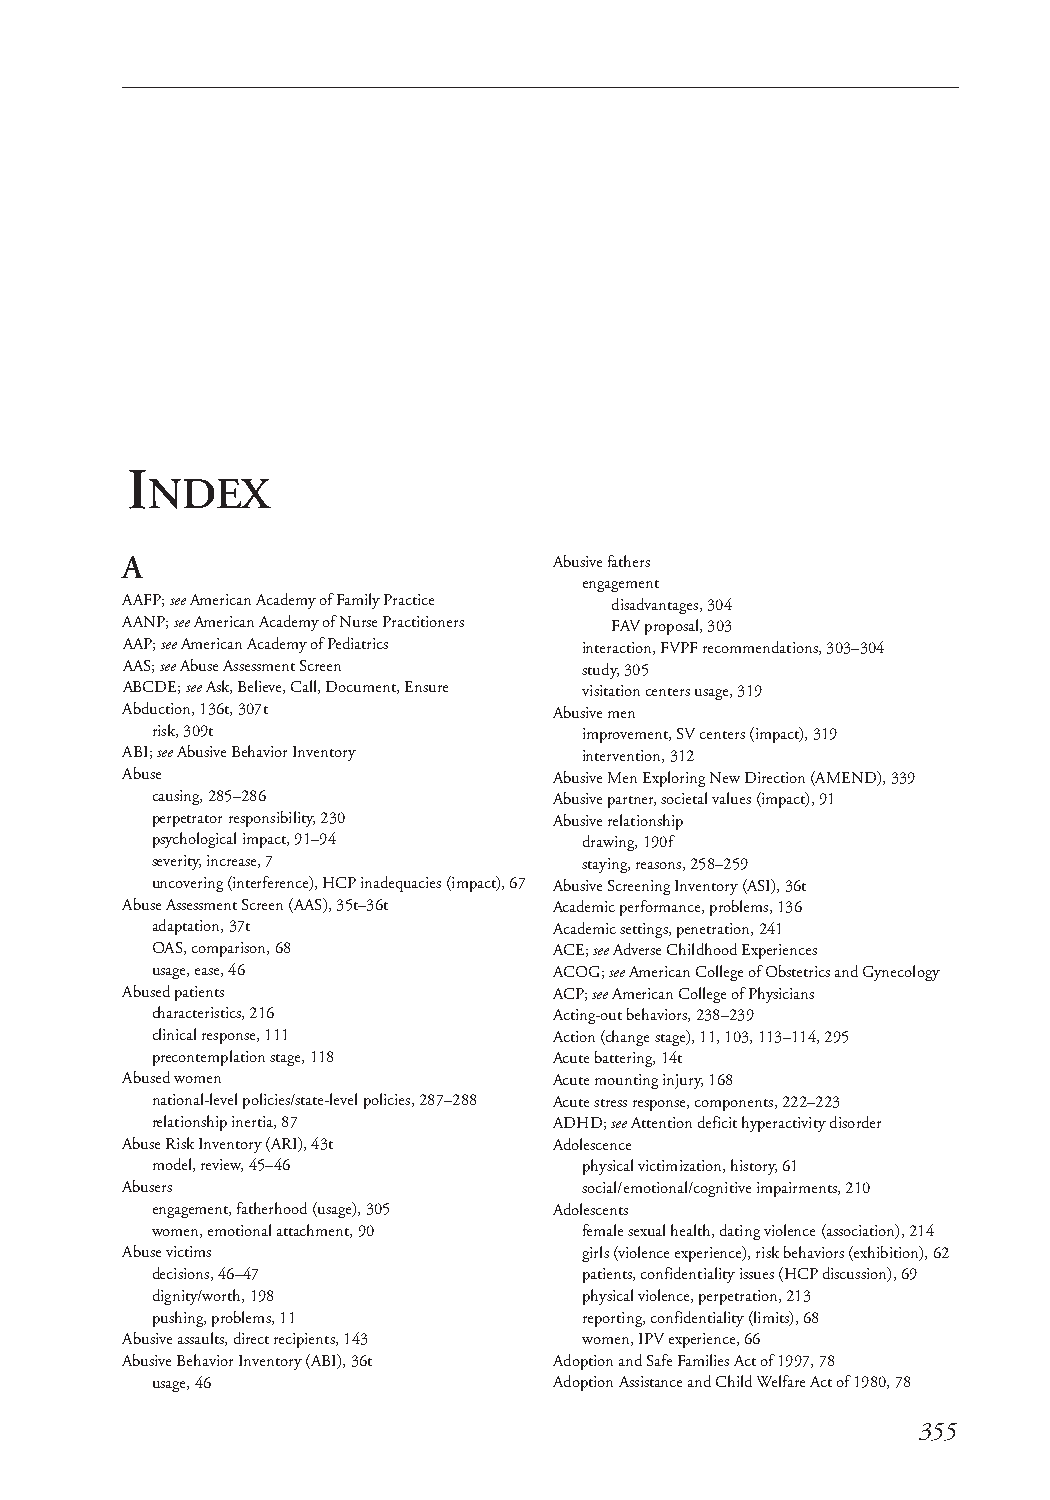
I
 NDEX
 A                            Abusive fathers
 engagement
 AAFP; seeAmerican Academy of Family Practice disadvantages, 304
 AANP; seeAmerican Academy of Nurse Practitioners FAV proposal, 303
 AAP; seeAmerican Academy of Pediatrics interaction, FVPF recommendations, 303–304
 AAS; seeAbuse Assessment Screen study, 305
 ABCDE; seeAsk, Believe, Call, Document, Ensure visitation centers usage, 319
 Abduction, 136t, 307t        Abusivemen
 risk, 309t                   improvement, SV centers (impact), 319
 ABI; seeAbusiveBehavior Inventory intervention, 312
 Abuse                        Abusive Men Exploring New Direction (AMEND), 339
 causing, 285–286           Abusive partner, societal values (impact), 91
 perpetrator responsibility, 230 Abusiverelationship
 psychological impact, 91–94  drawing, 190f
 severity, increase, 7        staying, reasons, 258–259
 uncovering (interference), HCP inadequacies (impact), 67 Abusive Screening Inventory (ASI), 36t
 Abuse Assessment Screen (AAS), 35t–36t Academic performance, problems, 136
 adaptation, 37t            Academic settings, penetration, 241
 OAS, comparison, 68        ACE; seeAdverse Childhood Experiences
 usage, ease, 46            ACOG; seeAmerican College of Obstetrics and Gynecology
 Abused patients              ACP; seeAmerican College of Physicians
 characteristics, 216       Acting-out behaviors, 238–239
 clinical response, 111     Action (change stage), 11, 103, 113–114, 295
 precontemplation stage, 118 Acute battering, 14t
 Abused women                 Acute mounting injury, 168
 national-level policies/state-level policies, 287–288 Acute stress response, components, 222–223
 relationship inertia, 87   ADHD; seeAttention deficit hyperactivity disorder
 Abuse Risk Inventory (ARI), 43t Adolescence
 model, review, 45–46         physical victimization, history, 61
 Abusers                        social/emotional/cognitiveimpairments, 210
 engagement, fatherhood (usage), 305 Adolescents
 women, emotional attachment, 90 female sexual health, dating violence (association), 214
 Abuse victims                  girls (violence experience), risk behaviors (exhibition), 62
 decisions, 46–47             patients, confidentiality issues (HCP discussion), 69
 dignity/worth, 198           physical violence, perpetration, 213
 pushing, problems, 11        reporting, confidentiality (limits), 68
 Abusiveassaults, direct recipients, 143 women, IPV experience, 66
 Abusive Behavior Inventory (ABI), 36t Adoption and Safe Families Act of 1997, 78
 usage, 46                  Adoption Assistance and Child Welfare Act of 1980, 78
 355